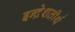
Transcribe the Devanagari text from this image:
इन्द्रेशतीर्थ